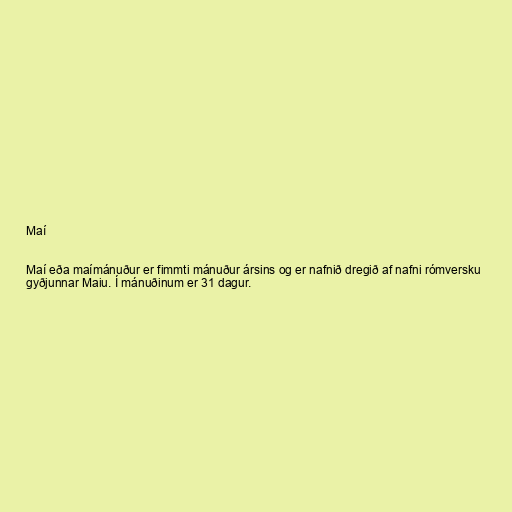
Maí

Maí eða maímánuður er fimmti mánuður ársins og er nafnið dregið af nafni rómversku
gyðjunnar Maiu. Í mánuðinum er 31 dagur.